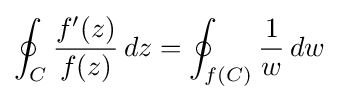
\oint _{C}{\frac {f'(z)}{f(z)}}\,dz=\oint _{f(C)}{\frac {1}{w}}\,dw